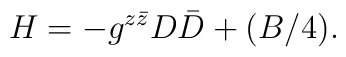
H = -g^{z\bar z} D \bar D +(B/ 4).